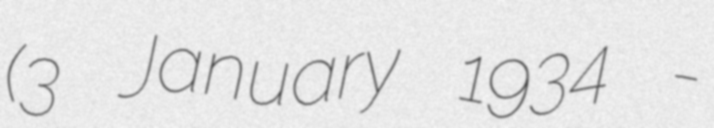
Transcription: (3 January 1934 -